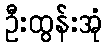
ဦးထွန်းအုံ